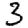
Digit: 3